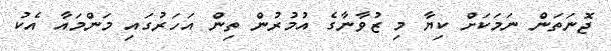
ޖޮނަތަން ނަމަކަށް ކިޔާ މި ޒުވާނާގެ އުމުރުން ތިން އަހަރުގައި މަންމައާ އެކު